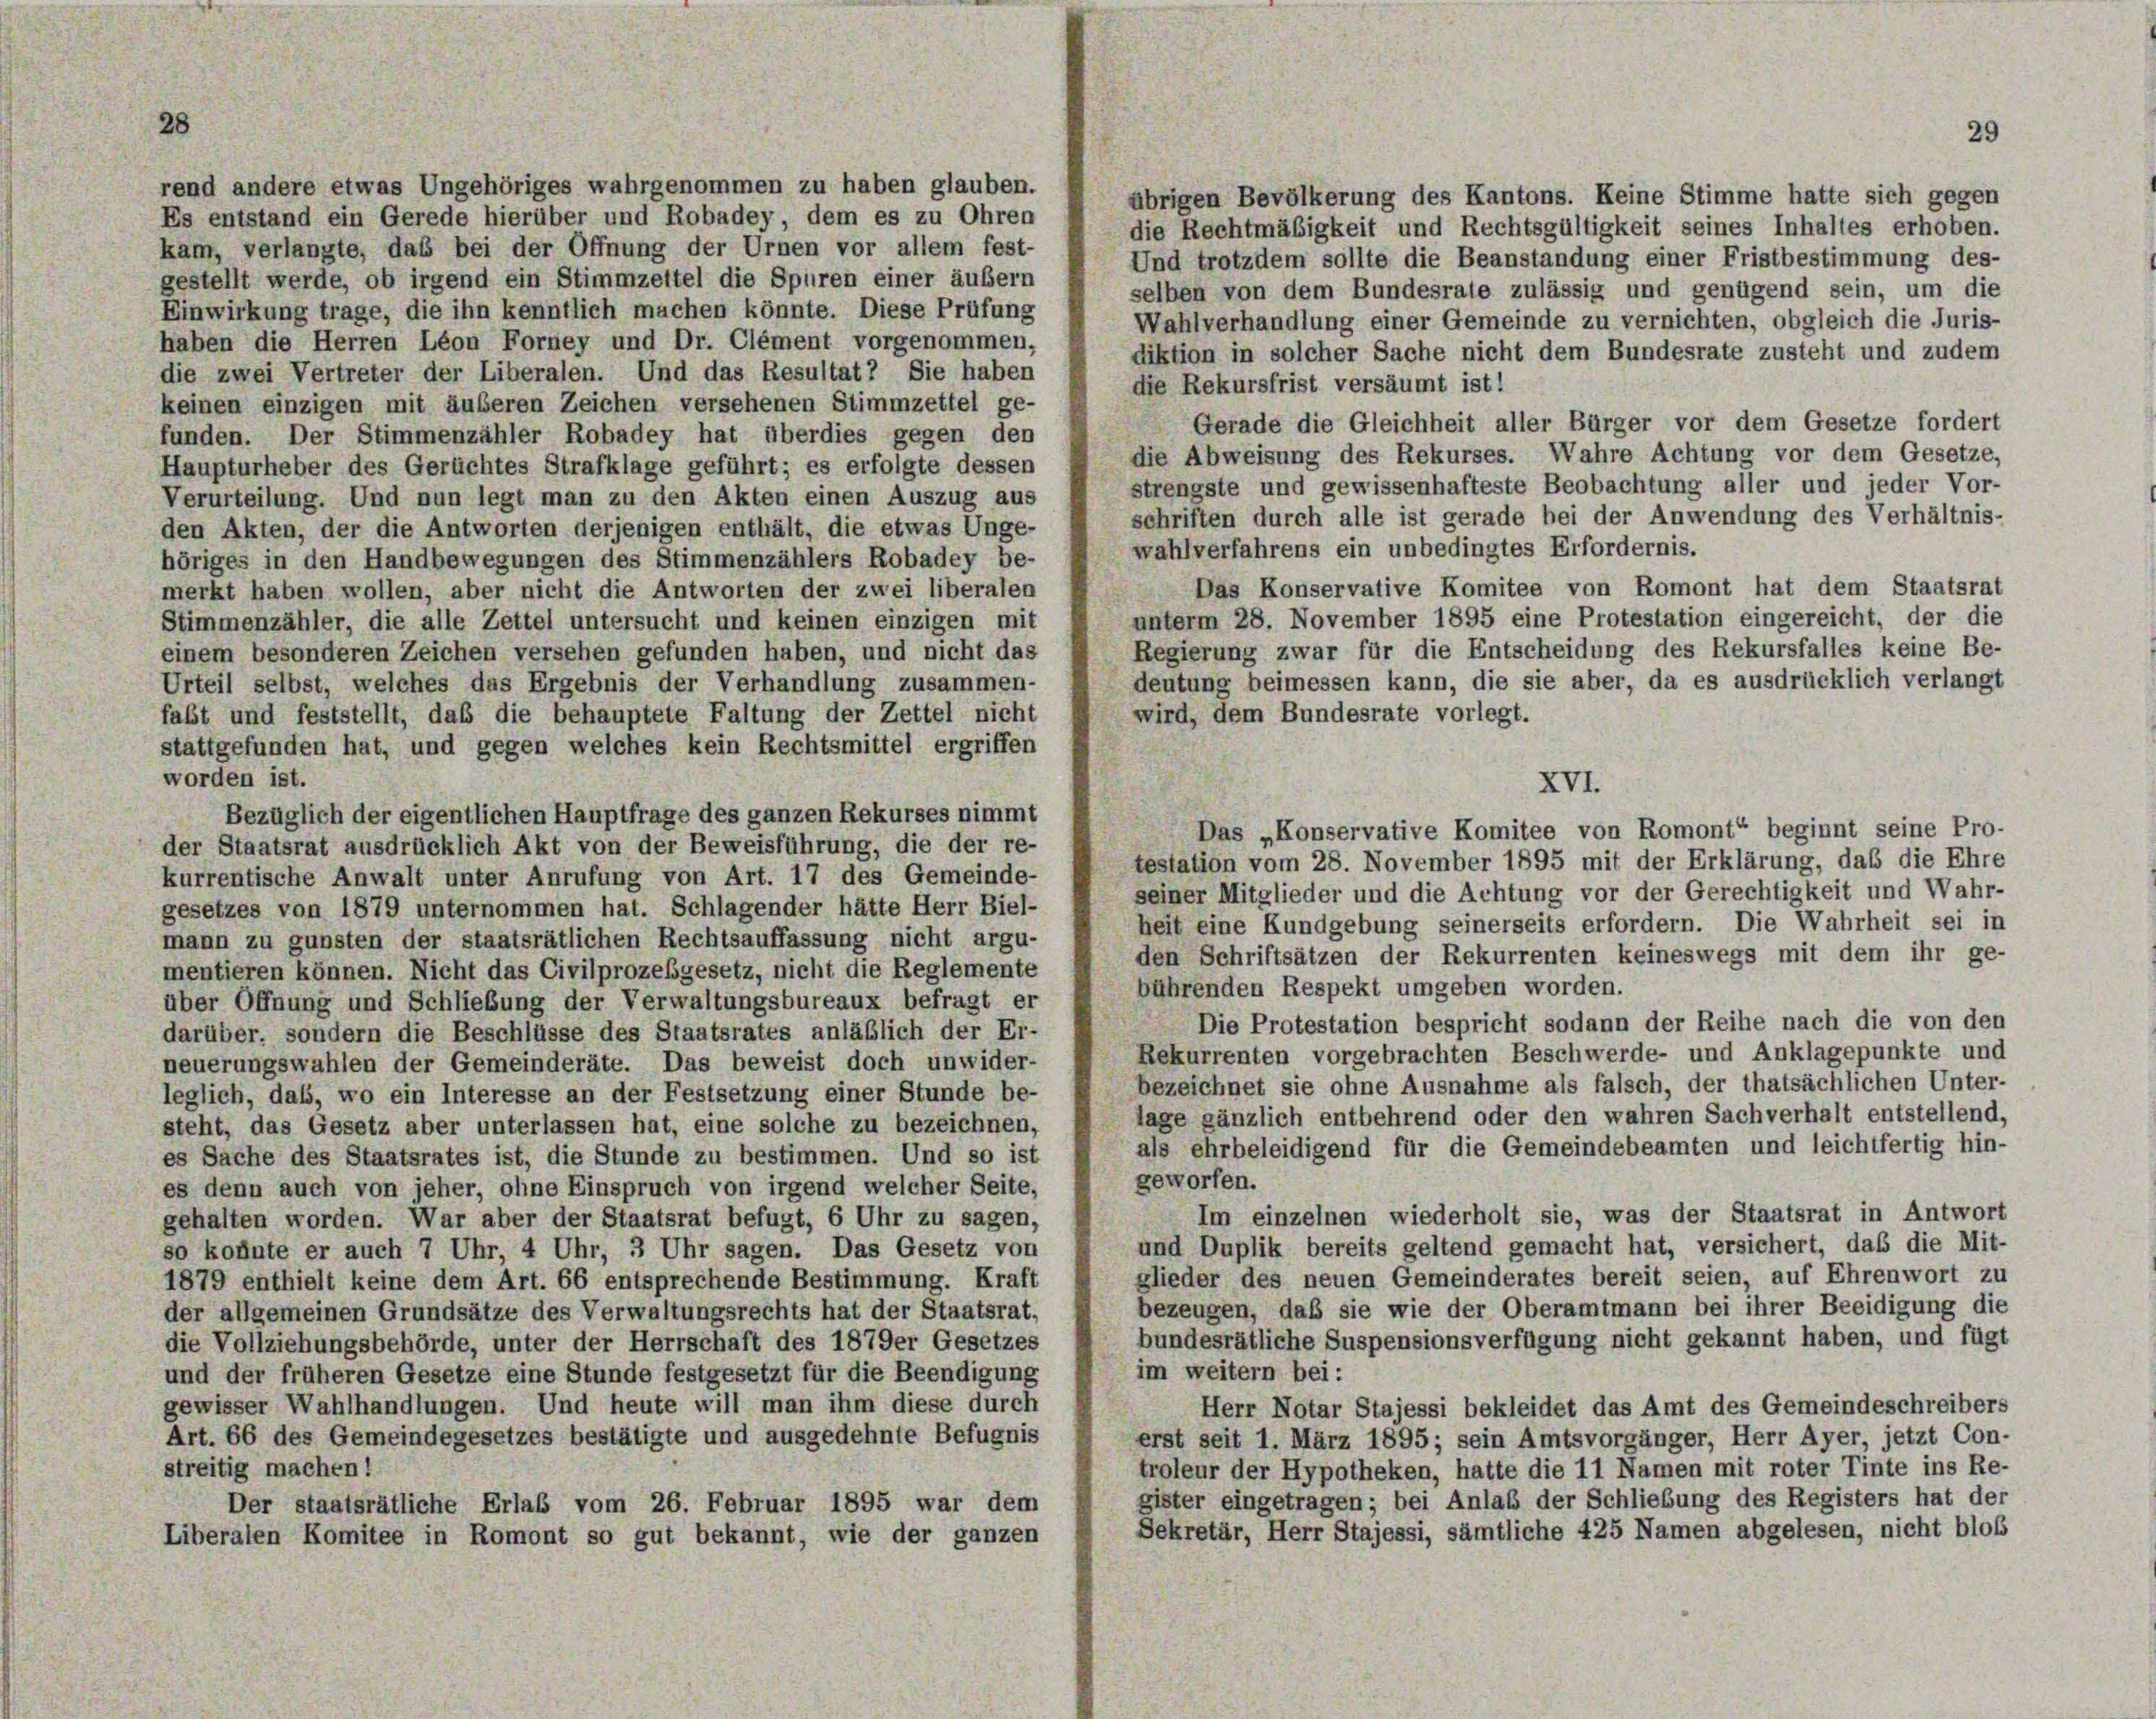
rend andere etwas Ungehöriges wahrgenommen zu haben glauben.
übrigen Bevölkerung des Kantons. Keine Stimme hatte sich gegen
Es entstand ein Gerede hierüber und Robadey, dem es zu Ohren
die Rechtmäßigkeit und Rechtsgültigkeit seines Inhaltes erhoben.
kam, verlangte, das bei der Öffnung der Urnen vor allem fest-
Und trotzdem sollte die Beanstandung einer Fristbestimmung des-
gestellt werde, ob irgend ein Stimmzettel die Spuren einer äußern
selben von dem Bundesrate zulässig und genügend sein, um die
Einwirkung trage, die ihn kenntlich machen könnte. Diese Prüfung
Wahlverhandlung einer Gemeinde zu vernichten, obgleich die Juris-
haben die Herren Léon Forney und Dr. Clement vorgenommen,
diktion in solcher Sache nicht dem Bundesrate zusteht und zudem
die zwei Vertreter der Liberalen. Und das Resultat? Sie haben
die Rekursfrist versäumt ist!
keinen einzigen mit äußeren Zeichen versehenen Stimmzettel ge-
Gerade die Gleichheit aller Bürger vor dem Gesetze fordert
funden. Der Stimmenzähler Robadey hat überdies gegen den
die Abweisung des Rekurses. Wahre Achtung vor dem Gesetze,
Haupturheber des Gerüchtes Strafklage geführt; es erfolgte dessen
strengste und gewissenhafteste Beobachtung aller und jeder Vor-
Verurteilung. Und nun legt man zu den Akten einen Auszug aus
schriften durch alle ist gerade bei der Anwendung des Verhältnis-
den Akten, der die Antworten derjenigen enthält, die etwas Unge-
wahlverfahrens ein unbedingtes Erfordernis.
höriges in den Handbewegungen des Stimmenzählers Robadey be-
Das Konservative Komitee von Romont hat dem Staatsrat
merkt haben wollen, aber nicht die Antworten der zwei liberalen
unterm 28. November 1895 eine Protestation eingereicht, der die
Stimmenzähler, die alle Zettel untersucht und keinen einzigen mit
Regierung zwar für die Entscheidung des Rekursfalles keine Be-
einem besonderen Zeichen versehen gefunden haben, und nicht das
deutung beimessen kann, die sie aber, da es ausdrücklich verlangt
Urteil selbst, welches das Ergebnis der Verhandlung zusammen-
wird, dem Bundesrate vorlegt.
fabt und feststellt, daß die behauptete Faltung der Zettel nicht
stattgefunden hat, und gegen welches kein Rechtsmittel ergriffen
worden ist.
Bezüglich der eigentlichen Hauptfrage des ganzen Rekurses nimmt
Das „Konservative Komitee von Romont“ beginnt seine Pro-
der Staatsrat ausdrücklich Akt von der Beweisführung, die der re-
testation vom 28. November 1895 mit der Erklärung, das die Ehre
kurrentische Anwalt unter Anrufung von Art. 17 des Gemeinde-
seiner Mitglieder und die Achtung vor der Gerechtigkeit und Wahr-
gesetzes von 1879 unternommen hat. Schlagender hätte Herr Biel-
heit eine Kundgebung seinerseits erfordern. Die Wahrheit sei in
mann zu gunsten der staatsrätlichen Rechtsauffassung nicht argu-
den Schriftsätzen der Rekurrenten keineswegs mit dem ihr ge-
mentieren können. Nicht das Civilprozeßgesetz, nicht die Reglemente
bührenden Respekt umgeben worden.
über Öffnung und Schließung der Verwaltungsbureaux befragt er
Die Protestation bespricht sodann der Reihe nach die von den
darüber, sondern die Beschlüsse des Staatsrates anläßlich der Er-
Rekurrenten vorgebrachten Beschwerde- und Anklagepunkte und
neuerungswahlen der Gemeinderäte. Das beweist doch unwider-
bezeichnet sie ohne Ausnahme als falsch, der thatsächlichen Unter-
leglich, daß, wo ein Interesse an der Festsetzung einer Stunde be-
lage gänzlich entbehrend oder den wahren Sachverhalt entstellend,
steht, das Gesetz aber unterlassen hat, eine solche zu bezeichnen,
als ehrbeleidigend für die Gemeindebeamten und leichtfertig hin-
es Sache des Staatsrates ist, die Stunde zu bestimmen. Und so ist
geworfen.
es denn auch von jeher, ohne Einspruch von irgend welcher Seite,
Im einzelnen wiederholt sie, was der Staatsrat in Antwort
gehalten worden. War aber der Staatsrat befugt, 6 Uhr zu sagen,
und Duplik bereits geltend gemacht hat, versichert, daß die Mit-
so konnte er auch 7 Uhr, 4 Uhr, 3 Uhr sagen. Das Gesetz von
glieder des neuen Gemeinderates bereit seien, auf Ehrenwort zu
1879 enthielt keine dem Art. 66 entsprechende Bestimmung. Kraft
bezeugen, daß sie wie der Oberamtmann bei ihrer Beeidigung die
der allgemeinen Grundsätze des Verwaltungsrechts hat der Staatsrat,
bundesrätliche Suspensionsverfügung nicht gekannt haben, und fügt
die Vollziehungsbehörde, unter der Herrschaft des 1879er Gesetzes
im weitern bei:
und der früheren Gesetze eine Stunde festgesetzt für die Beendigung
gewisser Wahlhandlungen. Und heute will man ihm diese durch
Herr Notar Stajessi bekleidet das Amt des Gemeindeschreibers
Art. 66 des Gemeindegesetzes bestätigte und ausgedehnte Befugnis
erst seit 1. März 1895; sein Amtsvorgänger, Herr Ayer, jetzt Con-
streitig machen!
troleur der Hypotheken, hatte die 11 Namen mit roter Tinte ins Re-
gister eingetragen; bei Anlaß der Schliebung des Registers hat der
Der staatsrätliche Erlaß vom 26. Februar 1895 war dem
Sekretär, Herr Stajessi, sämtliche 425 Namen abgelesen, nicht bloß
Liberalen Komitee in Romont so gut bekannt, wie der ganzen

28

XVI.

29